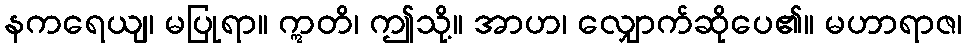
နကရေယျ၊ မပြုရာ။ ဣတိ၊ ဤသို့။ အာဟ၊ လျှောက်ဆိုပေ၏။ မဟာရာဇ၊